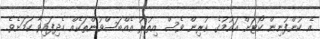
އެ ކުންފުނިން ކޯޓަށް އައުމުގެ ކުރިން ވެސް އިތުރު އެއްބަސްވުންތަކެއް ހެދިފައިވާ ކަމަށެވެ.